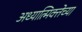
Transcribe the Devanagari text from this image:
अध्यात्मिक्तेच्या